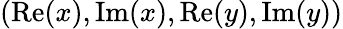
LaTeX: (\mathrm{Re}(x),\mathrm{Im}(x),\mathrm{Re}(y),\mathrm{Im}(y))